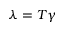
\lambda = T \gamma